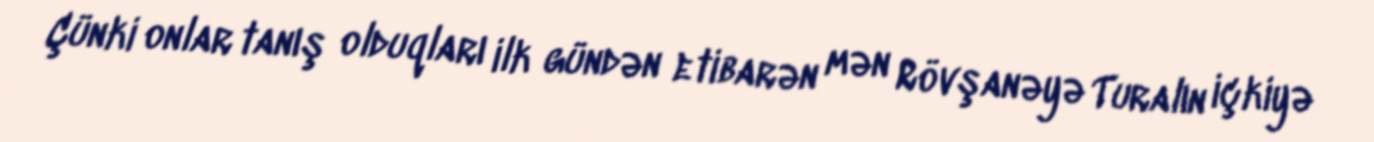
Çünki onlar tanış olduqları ilk gündən etibarən mən Rövşanəyə Turalın içkiyə